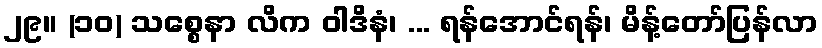
၂၉။ (၁၀) သစ္စေနာ လိက ဝါဒိနံ၊ ... ရန်အောင်ရန်၊ မိန့်တော်ပြန်လာ